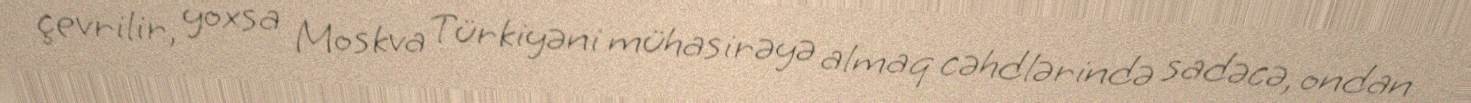
çevrilir, yoxsa Moskva Türkiyəni mühasirəyə almaq cəhdlərində sadəcə, ondan